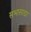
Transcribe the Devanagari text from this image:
सभासाद्या